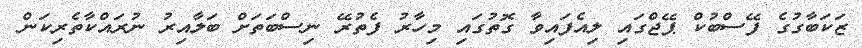
ޒަކަބާގުގެ ފޭސްބުކް ޕޭޖްގައި ލިއެފައިވާ ގޮތުގައި މިހާރު ފެތުރޭ ނިސްބަތަށް ބަލާއިރު ނުރައްކާތެރިކަން